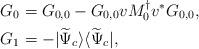
LaTeX: \begin{align*}G_0&=G_{0,0}-G_{0,0} vM_0^\dagger v^*G_{0,0},\\G_1&=-|\widetilde\Psi_c\rangle\langle\widetilde\Psi_c|,\end{align*}